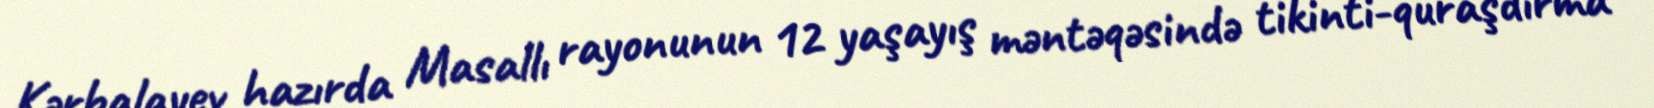
Kərbalayev hazırda Masallı rayonunun 12 yaşayış məntəqəsində tikinti-quraşdırma